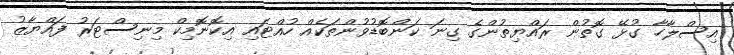
އިސްލާހާ ގުޅޭ ގޮތުން ރައްޔިތުންގެ ގިނަ ކަންބޮޑުވުންތަކެއް ހުއްޓައި އިކޮނޮމިކް މިނިސްޓަރު ފައްޔާޒު